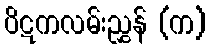
ပိဋကလမ်းညွှန် (က)